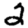
Digit: 2